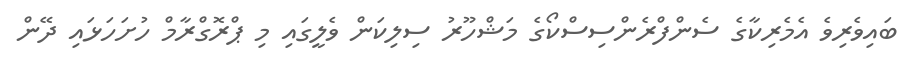
ބައިވެރިވެ އެމެރިކާގެ ސެންފްރެންސިސްކޯގެ މަޝްހޫރު ސިލިކަން ވެލީގައި މި ޕްރޮގްރާމް ހުށަހަޅައި ދޭން